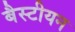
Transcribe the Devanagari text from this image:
बैस्टीयन